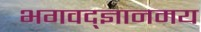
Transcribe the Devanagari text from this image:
भगवद्ज्ञानमय